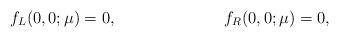
LaTeX: \begin{align*}f_L(0,0;\mu) &= 0, & f_R(0,0;\mu) &= 0,\end{align*}